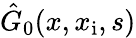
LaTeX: \hat{G}_{0}(x,x_{\mathrm{i}},s)